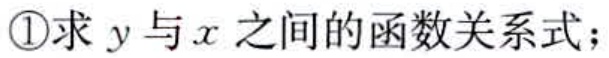
\textcircled{1}求 \(y\) 与 \(x\) 之间的函数关系式；